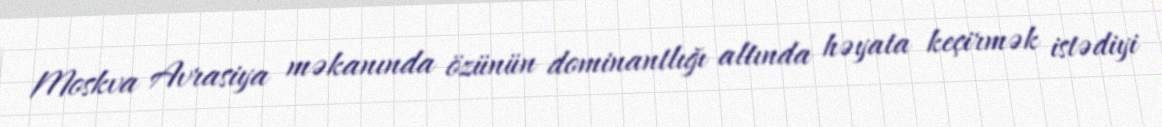
Moskva Avrasiya məkanında özünün dominantlığı altında həyata keçirmək istədiyi